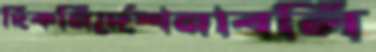
দিকনির্দেশনাবলি